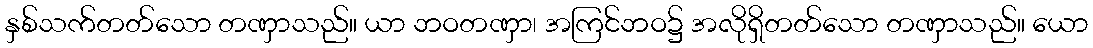
နှစ်သက်တတ်သော တဏှာသည်။ ယာ ဘဝတဏှာ၊ အကြင်ဘဝ၌ အလိုရှိတတ်သော တဏှာသည်။ ယော